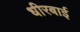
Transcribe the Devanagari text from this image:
धीरबाई